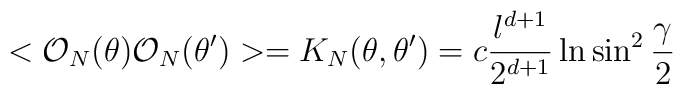
<{\cal O}_N(\theta ){\cal O}_N(\theta ')>=K_N(\theta ,\theta ')=c{l^{d+1}\over 2^{d+1}}\ln\sin^2{\gamma\over 2}